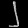
Digit: ၂